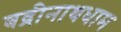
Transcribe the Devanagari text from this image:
बद्रीनाथधाम